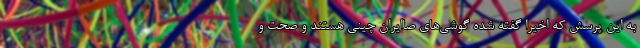
به این پرسش که اخیراً گفته شده گوشی‌های صاایران چینی هستند و صحت و